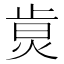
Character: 𤉭